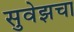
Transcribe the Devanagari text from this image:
सुवेझचा